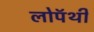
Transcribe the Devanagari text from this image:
लोपॅथी